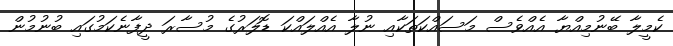
ކެމީލާ ބޭނުމިއްޔާ އެއްވެސް މަސައްކަތަކާއި ނުލާ އެއްލައްކަ ޑޮލަރުގެ މުސާރަ ދީފާނެކަމުގައި ބުނުމުން